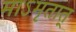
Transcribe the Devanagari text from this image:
माऽमृतात्‌